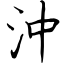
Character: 沖